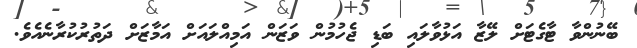
ބޭނުންވާ ޓާގެޓަށް ލޭޒާ އަޅުވާލައި ބަޑި ޖެހުމުން ވަޒަން އަމިއްލައަށް އަމާޒަށް ދަތުރުކުރާނެއެވެ.